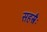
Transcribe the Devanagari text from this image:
सहस्त्रैः